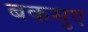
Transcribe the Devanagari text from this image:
बकसुए